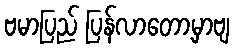
ဗမာပြည် ပြန်လာတော့မှာဗျ